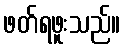
ဖတ်ရဖူးသည်။